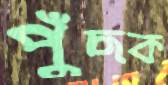
পুঁছক